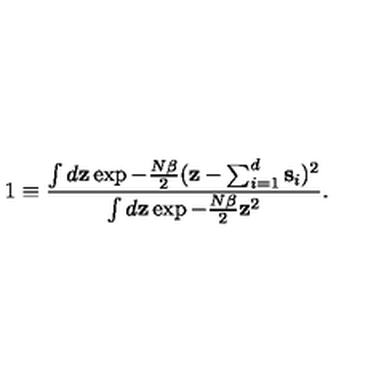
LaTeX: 1 \equiv { \frac { \int d { \bf z } \exp - { \frac { N \beta } { 2 } } ( { \bf z } - \sum _ { i = 1 } ^ { d } { \bf s } _ { i } ) ^ { 2 } } { \int d { \bf z } \exp - { \frac { N \beta } { 2 } } { \bf z } ^ { 2 } } } .